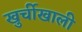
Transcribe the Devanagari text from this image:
खुर्चीखाली